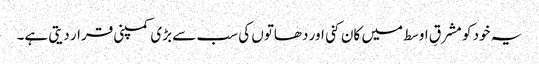
یہ خود کو مشرقِ اوسط میں کان کنی اور دھاتوں کی سب سے بڑی کمپنی قرار دیتی ہے۔